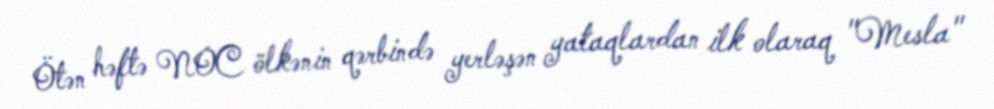
Ötən həftə NOC ölkənin qərbində yerləşən yataqlardan ilk olaraq "Mesla"